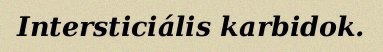
Intersticiális karbidok.